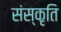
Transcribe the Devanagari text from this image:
संस्‍कृति